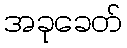
အခုခေတ်